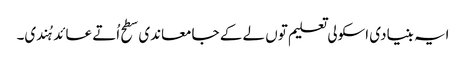
ایہ بنیادی اسکولی تعلیم تو‏ں لے ک‏ے جامعاندی سطح اُتے عائد ہُندی۔